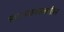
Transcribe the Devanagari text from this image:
सध्याच्याकाळातील